Scottish Leaving Certificate Examination, 1958
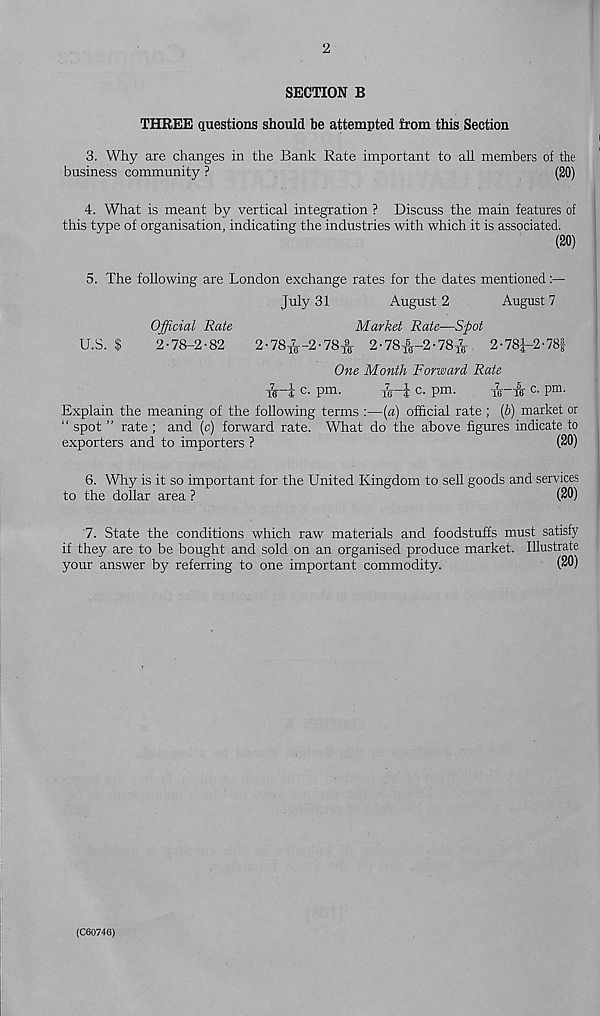
2
SECTION B
THREE questions should be attempted from this Section
3. Why are changes in the Bank Rate important to all members of the
business community ?
(20)
4. What is meant by vertical integration ? Discuss the main features of
this type of organisation, indicating the industries with which it is associated.
(20)
5. The following are London exchange rates for the dates mentioned
July 31
August 2
August 7
Official Rate
Market Rate—Sfot
U.S. $
2• 78-2• 82
2-78^-2-78^ 2• 78^-2-78^-. 2-78J-2-78f
One Month Forward Rate
c. pm.
c. pm.
Ti—fir c. pm.
Explain the meaning of the following terms :—(a) official rate ; (6) market or
“ spot ” rate ; and (c) forward rate. What do the above figures indicate to
exporters and to importers ?
(20)
6. Why is it so important for the United Kingdom to sell goods and services
to the dollar area ?
(20)
7. State the conditions which raw materials and foodstuffs must satisfy
if they are to be bought and sold on an organised produce market. Illustrate
your answer by referring to one important commodity.
(20)
(C60746)